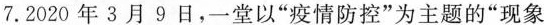
7.2020年3月9日，一堂以”疫情防控”为主题的”现象